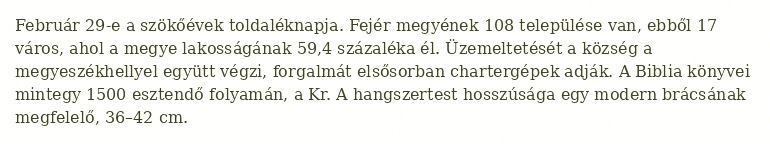
Február 29-e a szökőévek toldaléknapja. Fejér megyének 108 települése van, ebből 17 város, ahol a megye lakosságának 59,4 százaléka él. Üzemeltetését a község a megyeszékhellyel együtt végzi, forgalmát elsősorban chartergépek adják. A Biblia könyvei mintegy 1500 esztendő folyamán, a Kr. A hangszertest hosszúsága egy modern brácsának megfelelő, 36–42 cm.